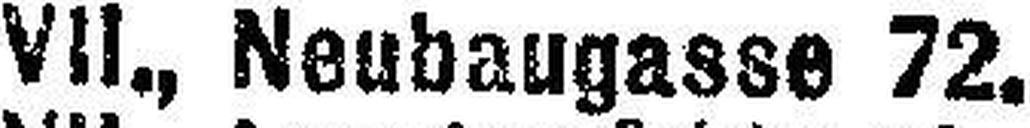
VII., Neubaugasse 72.